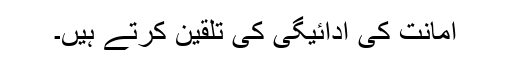
امانت کی ادائیگی کی تلقین کرتے ہیں۔